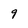
Character: 9